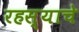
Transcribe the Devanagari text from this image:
रहस्याचे